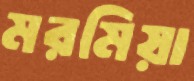
মরমিয়া